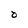
Character: 0